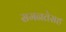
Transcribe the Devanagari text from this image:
समनतेसह